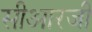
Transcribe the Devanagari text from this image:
सीआरजी